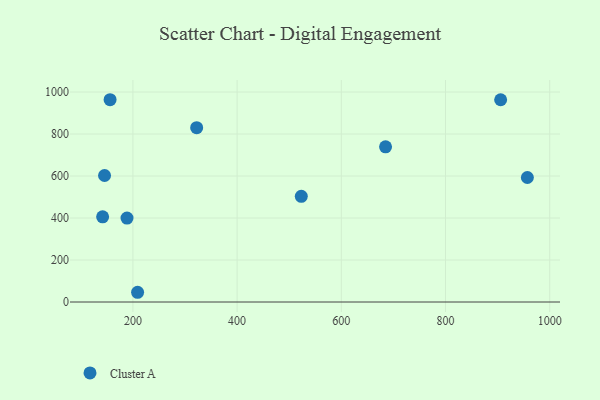
{"axis": {"x": "Distance", "y": "Exam Score"}, "legend": ["Cluster A"], "data": [{"x": "141.9", "y": 405.6, "type": "Cluster A"}, {"x": "905.8", "y": 963.2, "type": "Cluster A"}, {"x": "523.2", "y": 503.1, "type": "Cluster A"}, {"x": "322.4", "y": 830.0, "type": "Cluster A"}, {"x": "145.6", "y": 602.5, "type": "Cluster A"}, {"x": "957.1", "y": 592.8, "type": "Cluster A"}, {"x": "209.0", "y": 46.3, "type": "Cluster A"}, {"x": "156.2", "y": 963.3, "type": "Cluster A"}, {"x": "684.9", "y": 738.8, "type": "Cluster A"}, {"x": "188.7", "y": 399.8, "type": "Cluster A"}]}